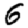
Digit: 6